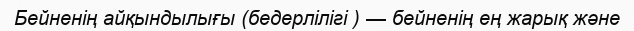
Бейненің айқындылығы (бедерлілігі ) — бейненің ең жарық және